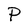
Character: P